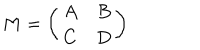
LaTeX: M = \left( \begin{array} { c c } { { A } } & { { B } } \\ { { C } } & { { D } } \\ \end{array} \right)